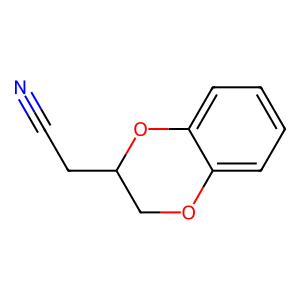
SMILES: N#CCC1COc2ccccc2O1
Inhibits HIV replication: No